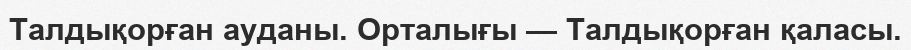
Талдықорған ауданы. Орталығы — Талдықорған қаласы.